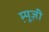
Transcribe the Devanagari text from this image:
म्यू़ज़ी